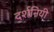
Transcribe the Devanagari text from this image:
दर्शनियी